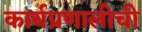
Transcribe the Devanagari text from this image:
कार्यप्रणालीची